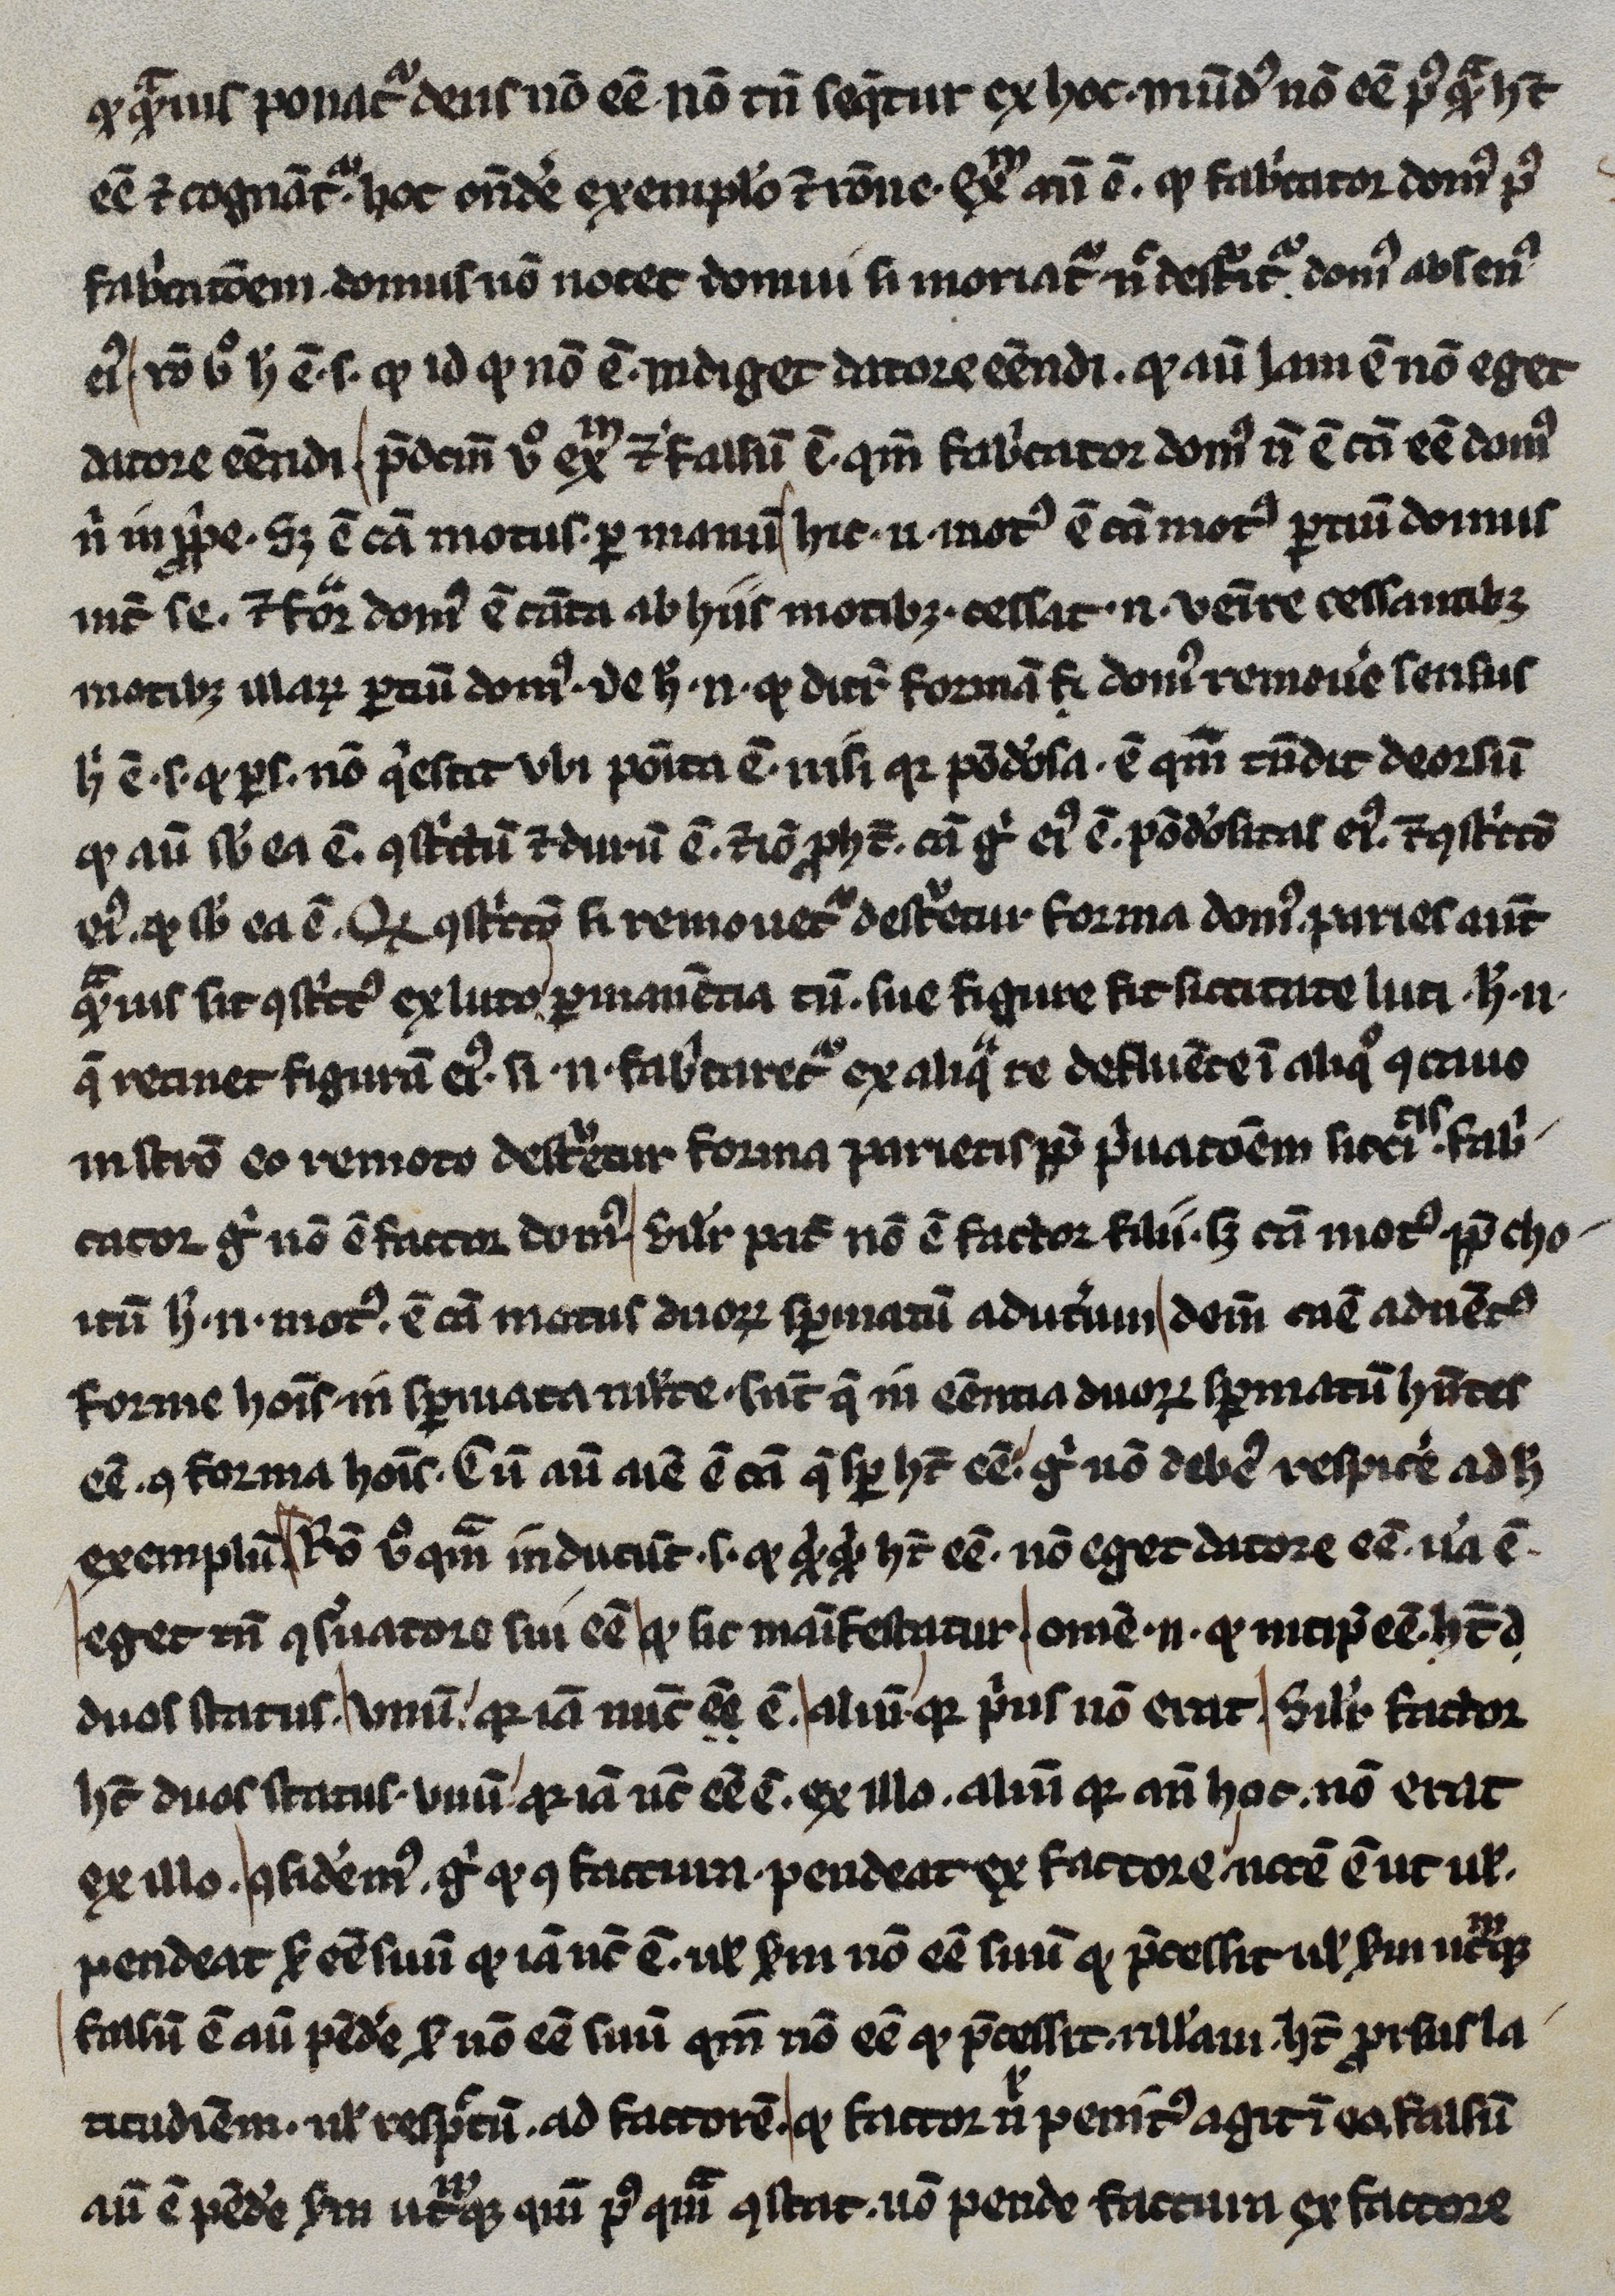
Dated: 1245–1255